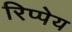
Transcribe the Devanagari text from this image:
रिप्पेय